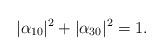
LaTeX: \begin{align*} |\alpha_{10}|^2 + |\alpha_{30}|^2 = 1.\end{align*}